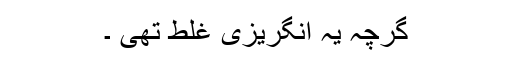
گرچہ یہ انگریزی غلط تھی ۔